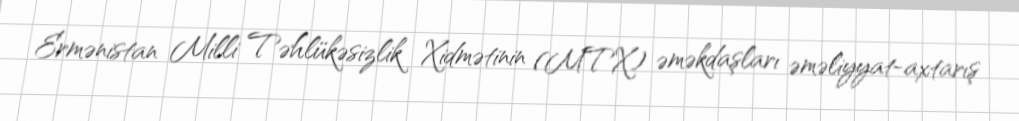
Ermənistan Milli Təhlükəsizlik Xidmətinin (MTX) əməkdaşları əməliyyat-axtarış